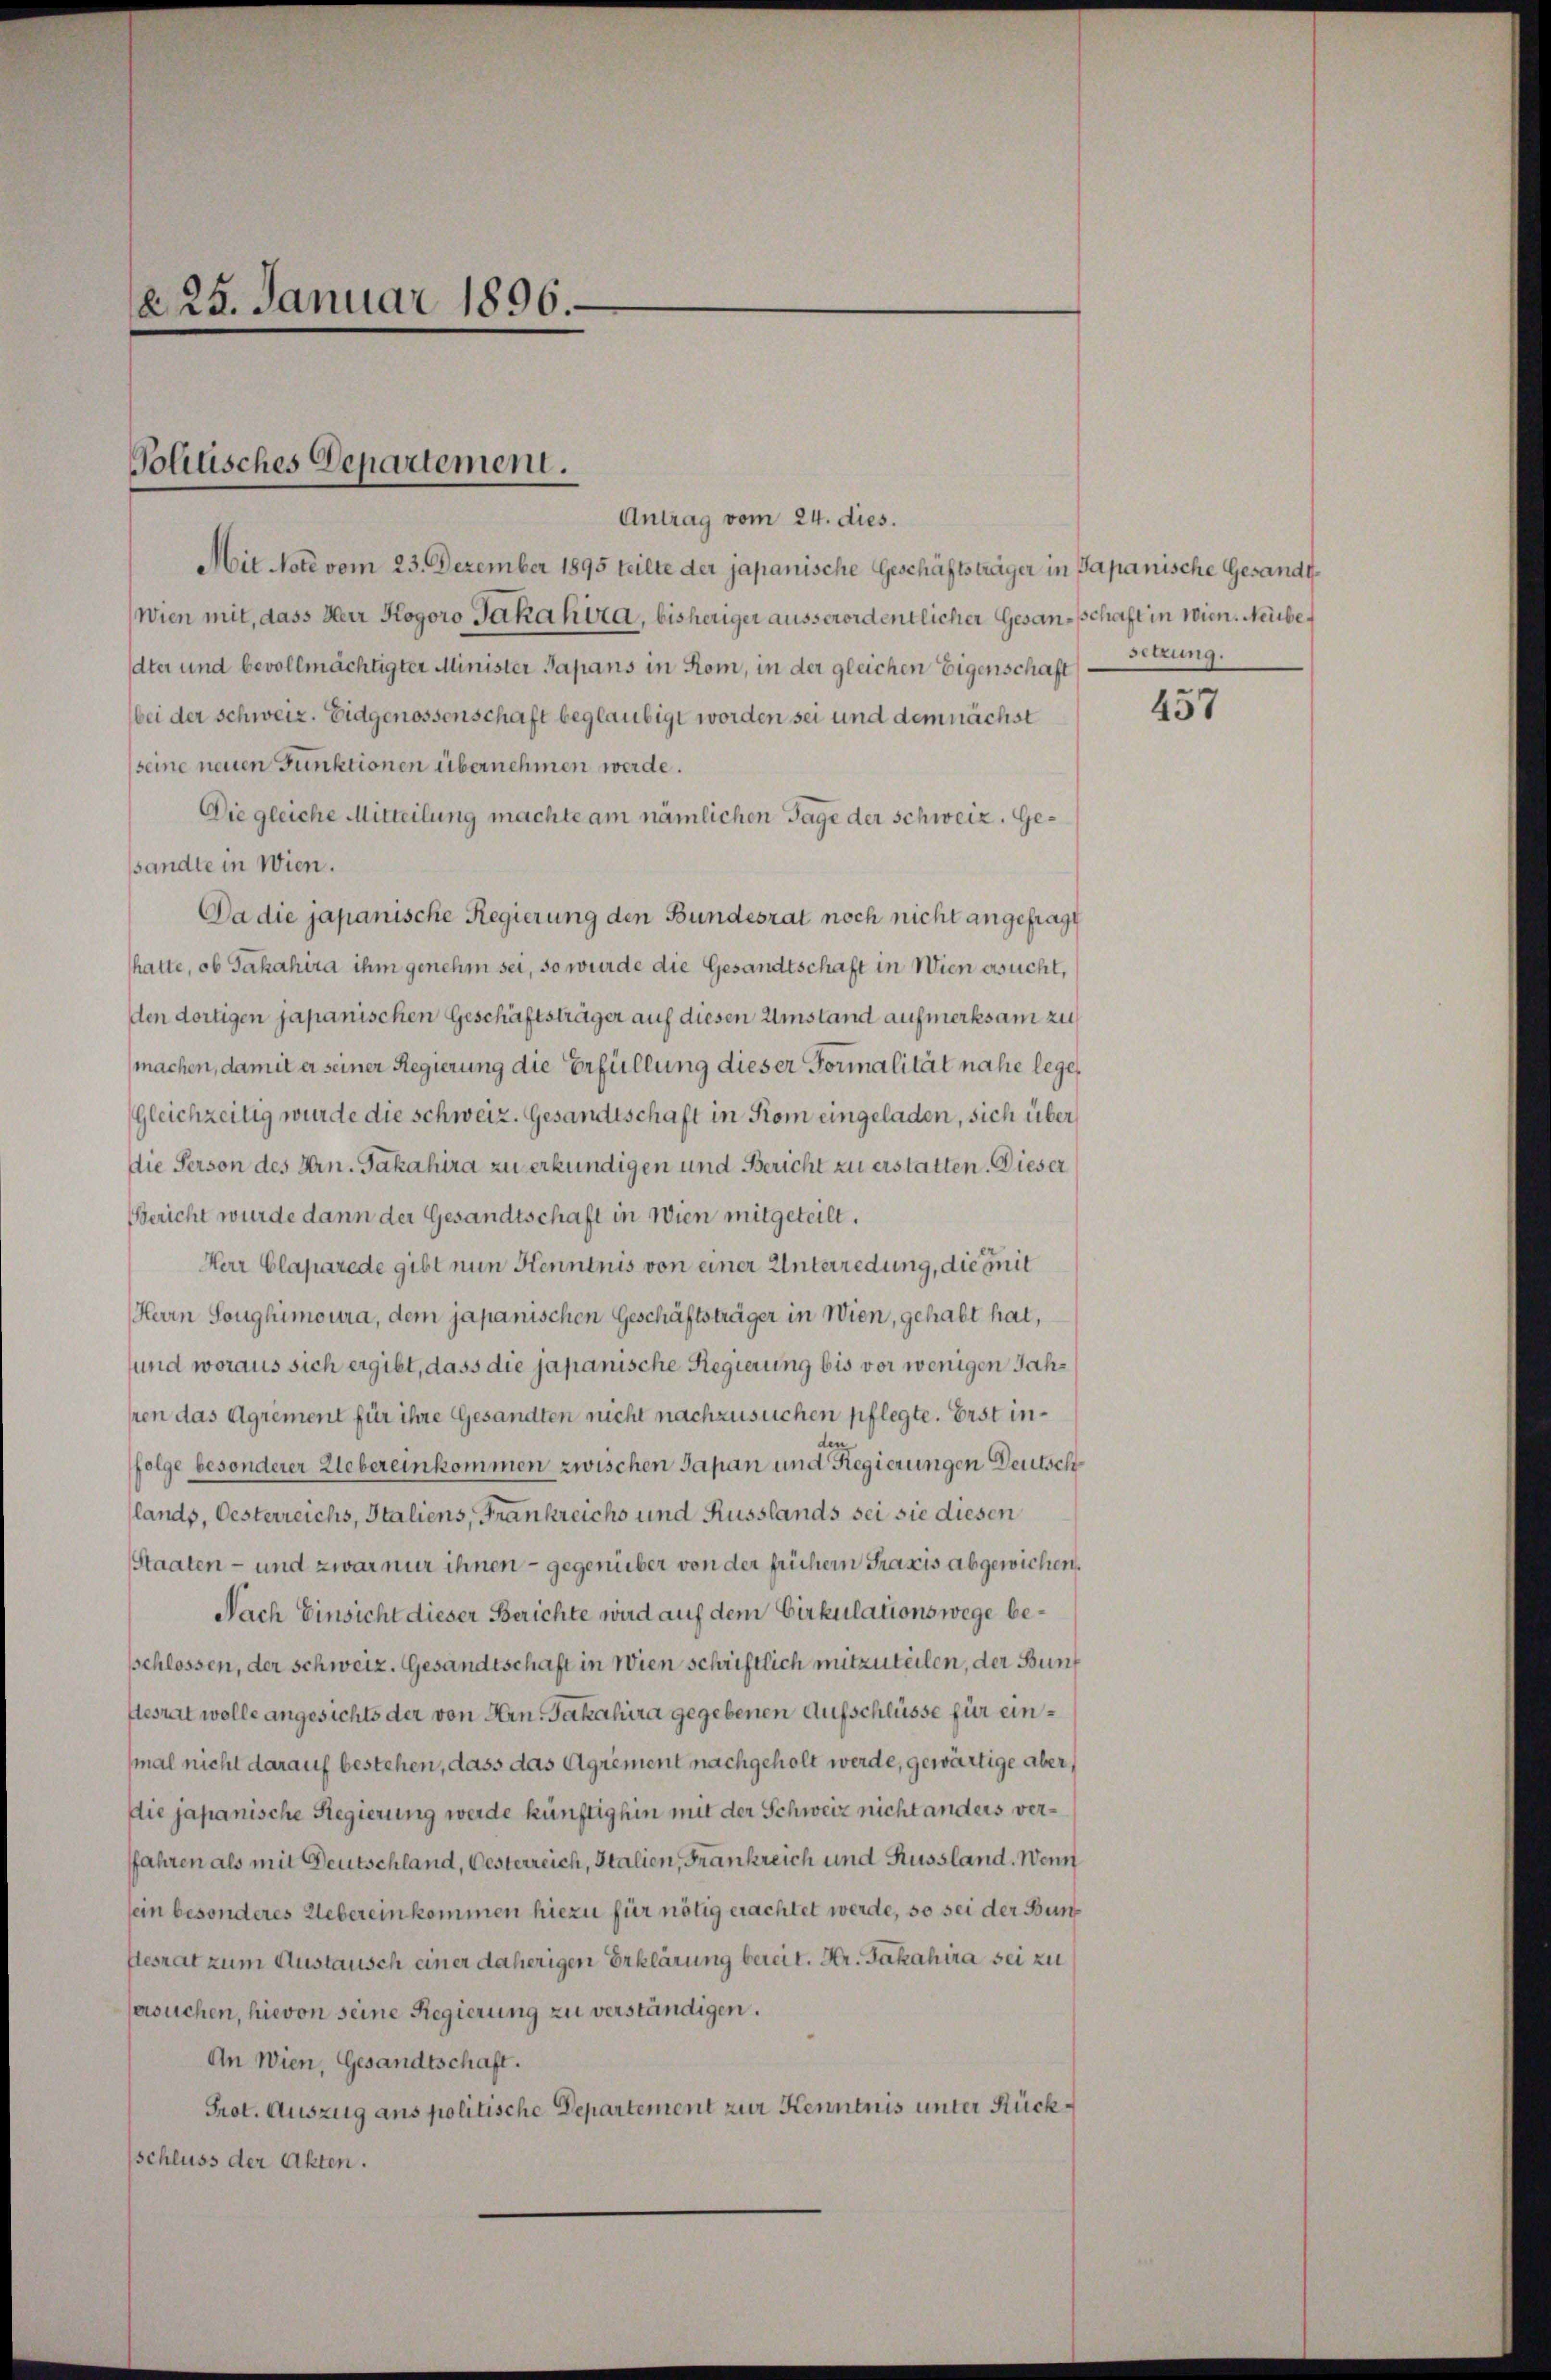
25. Januar 1896.

Politisches Departement.

Antrag vom 24. dies.
Mie Note vom 23. Dezember 1895 teilte der japanische Geschäftsträger in Japanische Gesandt¬
Wien mit, dass Herr Kogoro Jakahira, bisheriger ausserordentlicher Gesanschaft in Wien. Neubedter und bevollmächtigter Minister Papans in Rom, in der gleichen Eigenschaft
bei der Schweiz. Eidgenossenschaft beglaubigt worden sei und dem nächst
seine neuen Funktionen übernehmen werde.
Die gleiche Mitteilung machte am nämlichen Tage der Schweiz. Gesandte in Wien.
Da die japanische Regierung den Bundesrat noch nicht angefragt
hatte, ob Jahahira ihm genehm sei, so wurde die Gesandtschaft in Wien ersucht,
den dortigen japanischen Geschäftsträger auf diesen Umstand aufmerksam zu
machen, damit er seiner Regierung die Erfüllung dieser Formalität nahe lege
Gleichzeitig wurde die schweiz. Gesandtschaft in Rom eingeladen, sich über
die Person des Hrn. Jakahira zu erkundigen und Bericht zu erstatten. Dieser
Bericht wurde dann der Gesandtschaft in Wien mitgeteilt.
Herr Claparede gibt nun Henntnis von einer Unterredung, die mit
Herrn Soughimoura, dem japanischen Geschäftsträger in Wien, gehabt hat,
sund woraus sich ergibt, dass die japanische Regierung bis vor wenigen Jahsren das Agrément für ihre Gesandten nicht nachzusuchen pflegte. Erst inder
folge besonderer Uebereinkommen zwischen Japan und Regierungen Deutsch
lands, Oesterreichs, Italiens, Frankreichs und Russlands sei sie diesen
Staaten - und zwar nur ihnen - gegenüber von der frühern Praxis abgewichen.
Nach Einsicht dieser Berichte wird auf dem Cirkulationswege beschlossen, der Schweiz. Gesandtschaft in Wien schriftlich mitzuteilen, der Bunstesrat wolle angesichts der von Hrn. Jakahira gegebenen Aufschlüsse für ein¬
(mal nicht darauf bestehen, dass das Agrement nachgeholt werde, gewärtige aber,
die japanische Regierung werde künftighin mit der Schweiz nicht anders verfahren als mit Deutschland, Oesterreich, Italien, Frankreich und Russland. Wenn
sein besonderes Uebereinkommen hiezu für nötig erachtet werde, so sei der Bunflesrat zum Austausch einer daherigen Erklärung bereit. Hr. Jakahira sei zu
fersuchen, hievon seine Regierung zu verständigen.
An Wien, Gesandtschaft.
Prot. Auszug ans politische Departement zur Kenntnis unter Rückschluss der Akten.

Sitzung.

457